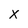
Character: x